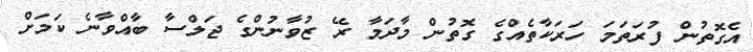
އެގޮތުން ފުރަތަމަ ހަރަކާތެއްގެ ގޮތުން މާދަމާ ރޭ ޒުވާނުންގެ ޖަލްސާ ބާއްވާނެ ކަމަށް